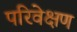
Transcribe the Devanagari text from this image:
परिवेक्षण